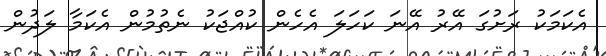
އެކަމަކު ރަށުގަ އޭރު އޭނަ ކަހަލަ އެހެން ކުއްޖަކު ނެތުމުން އެކަމާ ލަދުން